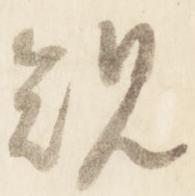
規